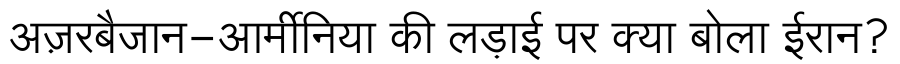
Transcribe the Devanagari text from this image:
अज़रबैजान-आर्मीनिया की लड़ाई पर क्या बोला ईरान?